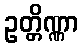
ဥတ္တိဏ္ဏာ